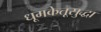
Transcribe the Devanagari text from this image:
धूमकेतूसुद्धा